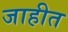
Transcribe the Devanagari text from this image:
जाहीत